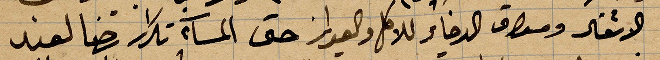
الاشقاء ومكان الدخاير للاهل والعوايز حتى المسآء تكرار رضا لعند